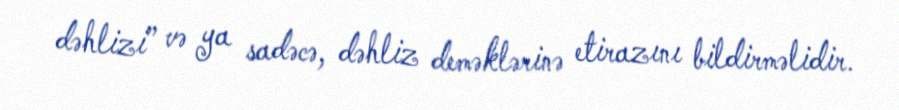
dəhlizi” və ya sadəcə, dəhliz deməklərinə etirazını bildirməlidir.